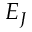
E _ { J }